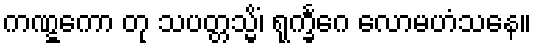
ကဏ္ဋကော တု သပတ္တသ္မိံ၊ ရုက္ခင်္ဂေ လောမဟံသနေ။